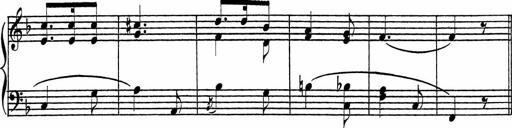
Title: Piano Sonatinas
Composer: Charles Fradel